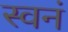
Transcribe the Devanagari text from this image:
स्वनं